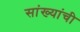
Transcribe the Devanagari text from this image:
सांख्यांची